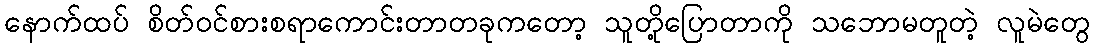
နောက်ထပ် စိတ်ဝင်စားစရာကောင်းတာတခုကတော့ သူတို့ပြောတာကို သဘောမတူတဲ့ လူမဲတွေ